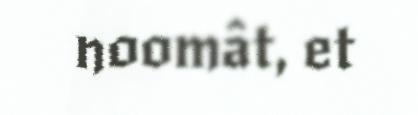
noomât, et